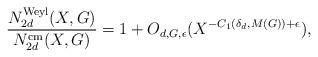
LaTeX: \begin{align*}\frac{N_{2d}^{\mathrm{Weyl}}(X, G)}{N_{2d}^{\mathrm{cm}}(X, G)} = 1 + O_{d,G, \epsilon}(X^{-C_1(\delta_d, M(G)) + \epsilon}),\end{align*}